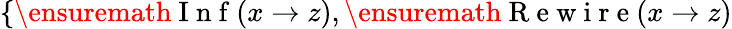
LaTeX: \{ \ensuremath{\mathrm{~I~n~f~}}(x\to z),\ensuremath{\mathrm{~R~e~w~i~r~e~}}(x\to z)